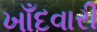
ખાઁદવારી